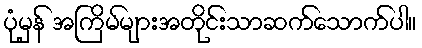
ပုံမှန် အကြိမ်များအတိုင်းသာဆက်သောက်ပါ။